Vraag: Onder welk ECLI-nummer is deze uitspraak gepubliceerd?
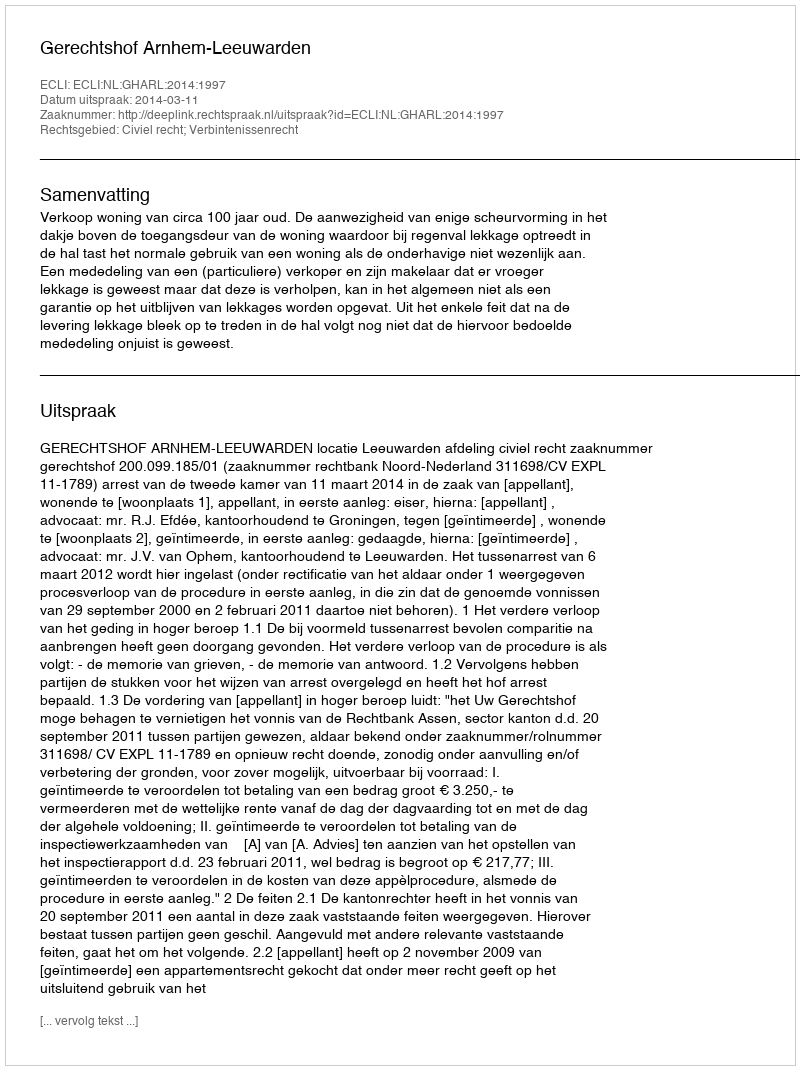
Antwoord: ECLI:NL:GHARL:2014:1997